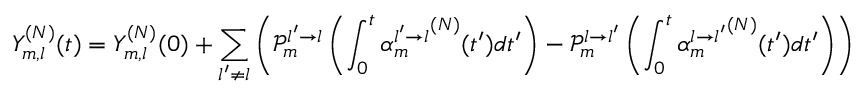
Y _ { m , l } ^ { ( N ) } ( t ) = Y _ { m , l } ^ { ( N ) } ( 0 ) + \sum _ { l ^ { \prime } \neq l } \left( \mathcal { P } _ { m } ^ { l ^ { \prime } \rightarrow l } \left( \int _ { 0 } ^ { t } { \alpha _ { m } ^ { l ^ { \prime } \rightarrow l } } ^ { ( N ) } ( t ^ { \prime } ) d t ^ { \prime } \right) - \mathcal { P } _ { m } ^ { l \rightarrow l ^ { \prime } } \left( \int _ { 0 } ^ { t } { \alpha _ { m } ^ { l \rightarrow l ^ { \prime } } } ^ { ( N ) } ( t ^ { \prime } ) d t ^ { \prime } \right) \right)